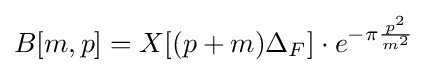
B[m,p]=X[(p+m)\Delta _{F}]\cdot e^{-\pi {\frac {p^{2}}{m^{2}}}}